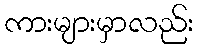
ကားများမှာလည်း